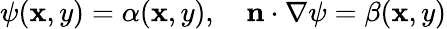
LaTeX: \psi(\mathbf{x},y)=\alpha(\mathbf{x},y),\quad\mathbf{{n}}\cdot\nabla\psi=\beta(\mathbf{x},y)